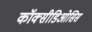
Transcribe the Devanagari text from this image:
कॉक्सीडिओसिस